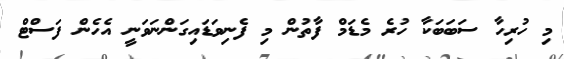
މި ހުރިހާ ސަބަބަކާ ހުރެ މެޑަމް ފާތުން މި ފެނިވަޑައިގަންނަވަނީ އެހެން ފަސްޓް